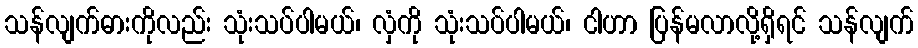
သန်လျက်ဓားကိုလည်း သုံးသပ်ပါမယ်၊ လှံကို သုံးသပ်ပါမယ်၊ ငါဟာ ပြန်မလာလို့ရှိရင် သန်လျက်